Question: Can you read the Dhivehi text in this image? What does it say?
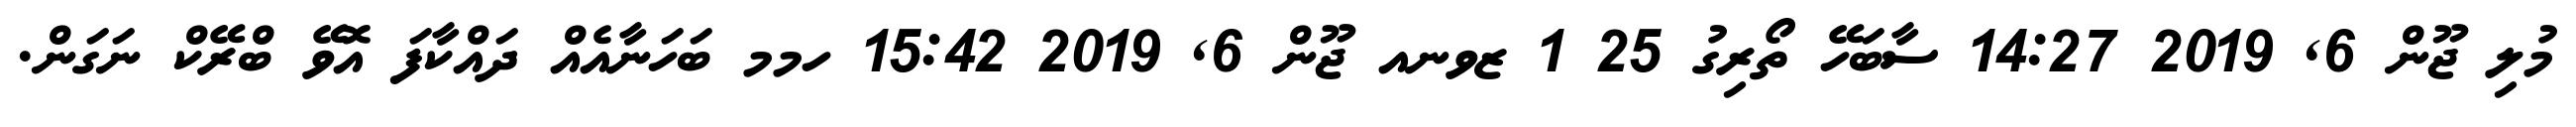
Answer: މުލި ޖޫން 6, 2019 14:27 ސާބަހޭ ތޯރިގު 25 1 ޒވނއ ޖޫން 6, 2019 15:42 ހމމ ބަހަނާއެއް ދައްކާފަ އޮވޭ ބްރޭކް ނަގަން.